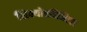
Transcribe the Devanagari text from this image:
सिक्योरडिजिटल